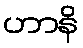
ဟာနိ